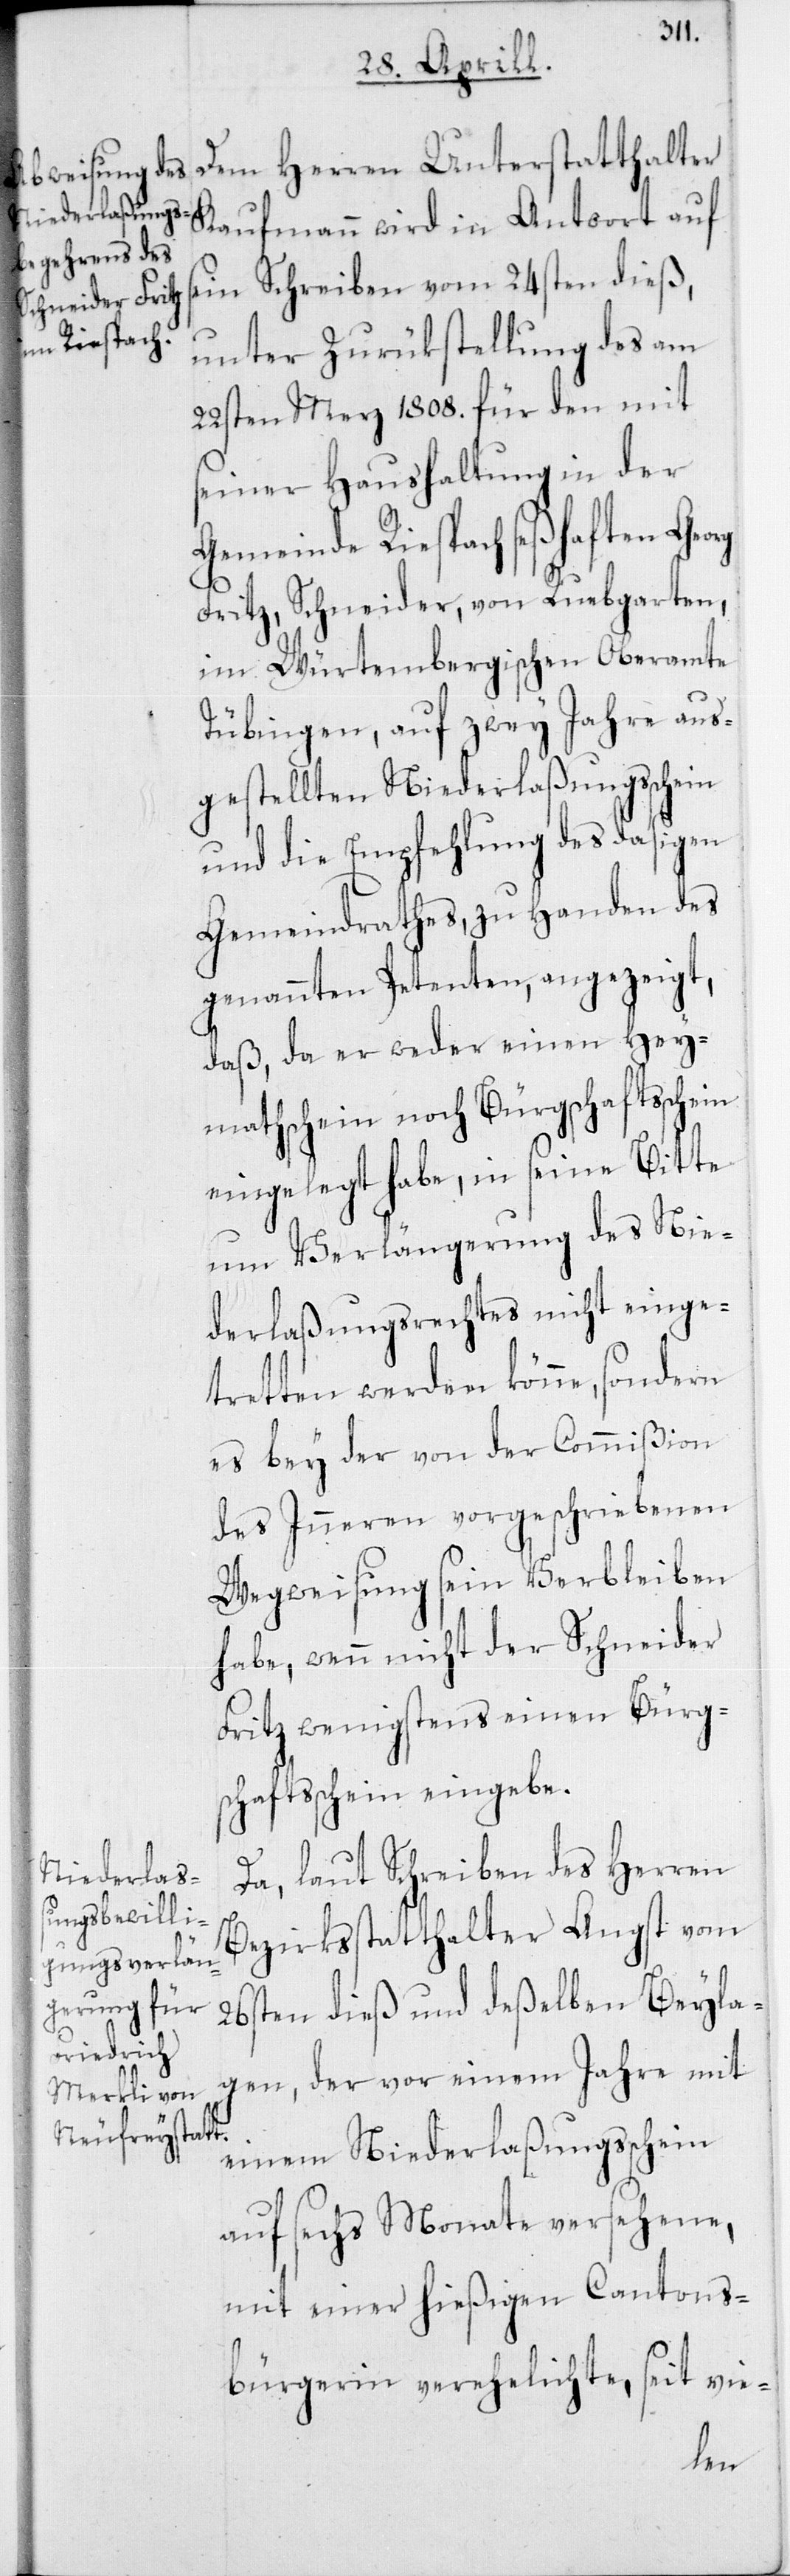
Dem Herren Unterstatthalter
Kaufmann wird in Antwort auf
sein Schreiben vom 24sten dieß,
unter Zurükstellung des am
22sten Merz 1808. für den mit
seiner Haushaltung in der
Gemeinde Riespach seßhaften Georg
Fritz, Schneider, von Ruebgarten,
im Würtembergischen Oberamte
Tübingen, auf zwey Jahre aus¬
gestellten Niederlaßungsschein
und die Empfehlung des dasigen
Gemeindraths, zu Handen des
genannten Petenten, angezeigt,
daß da er weder einen Hey¬
mathschein noch Bürgschaftsschein
eingelegt habe, in seine Bitte
um Verlängerung des Nie¬
derlaßungsrechtes nicht einge¬
tretten werden könne, sondern
es bey der von der Commißion
des Inneren vorgeschriebenen
Wegweisung sein Verbleiben
habe, wenn nicht der Schneider
Fritz wenigsten einen Bürgs¬
chaftsschein eingebe.
Da, laut Schreiben des Herren
Bezirksstatthalter Angst vom
26sten dieß und deßelben Beyla¬
gen, der vor einem Jahre mit
einem Niederlaßungsschein
auf sechs Monate versehene,
mit einer hießigen Cantons¬
bürgerin verehelichte, seit vie-